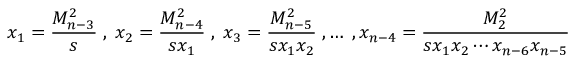
x _ { 1 } = \frac { M _ { n - 3 } ^ { 2 } } { s } \; , \; x _ { 2 } = \frac { M _ { n - 4 } ^ { 2 } } { s x _ { 1 } } \; , \; x _ { 3 } = \frac { M _ { n - 5 } ^ { 2 } } { s x _ { 1 } x _ { 2 } } \; , \ldots \; , x _ { n - 4 } = \frac { M _ { 2 } ^ { 2 } } { s x _ { 1 } x _ { 2 } \cdots x _ { n - 6 } x _ { n - 5 } }